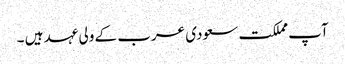
آپ مملکت سعودی عرب کے ولی عہد ہیں ۔